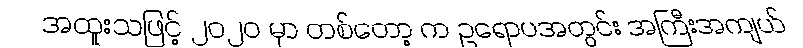
အထူးသဖြင့် ၂၀၂၀ မှာ တစ်တော့ က ဥရောပအတွင်း အကြီးအကျယ်